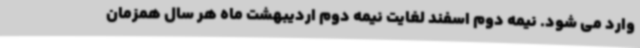
وارد می شود. نیمه دوم اسفند لغایت نیمه دوم اردیبهشت ماه هر سال همزمان